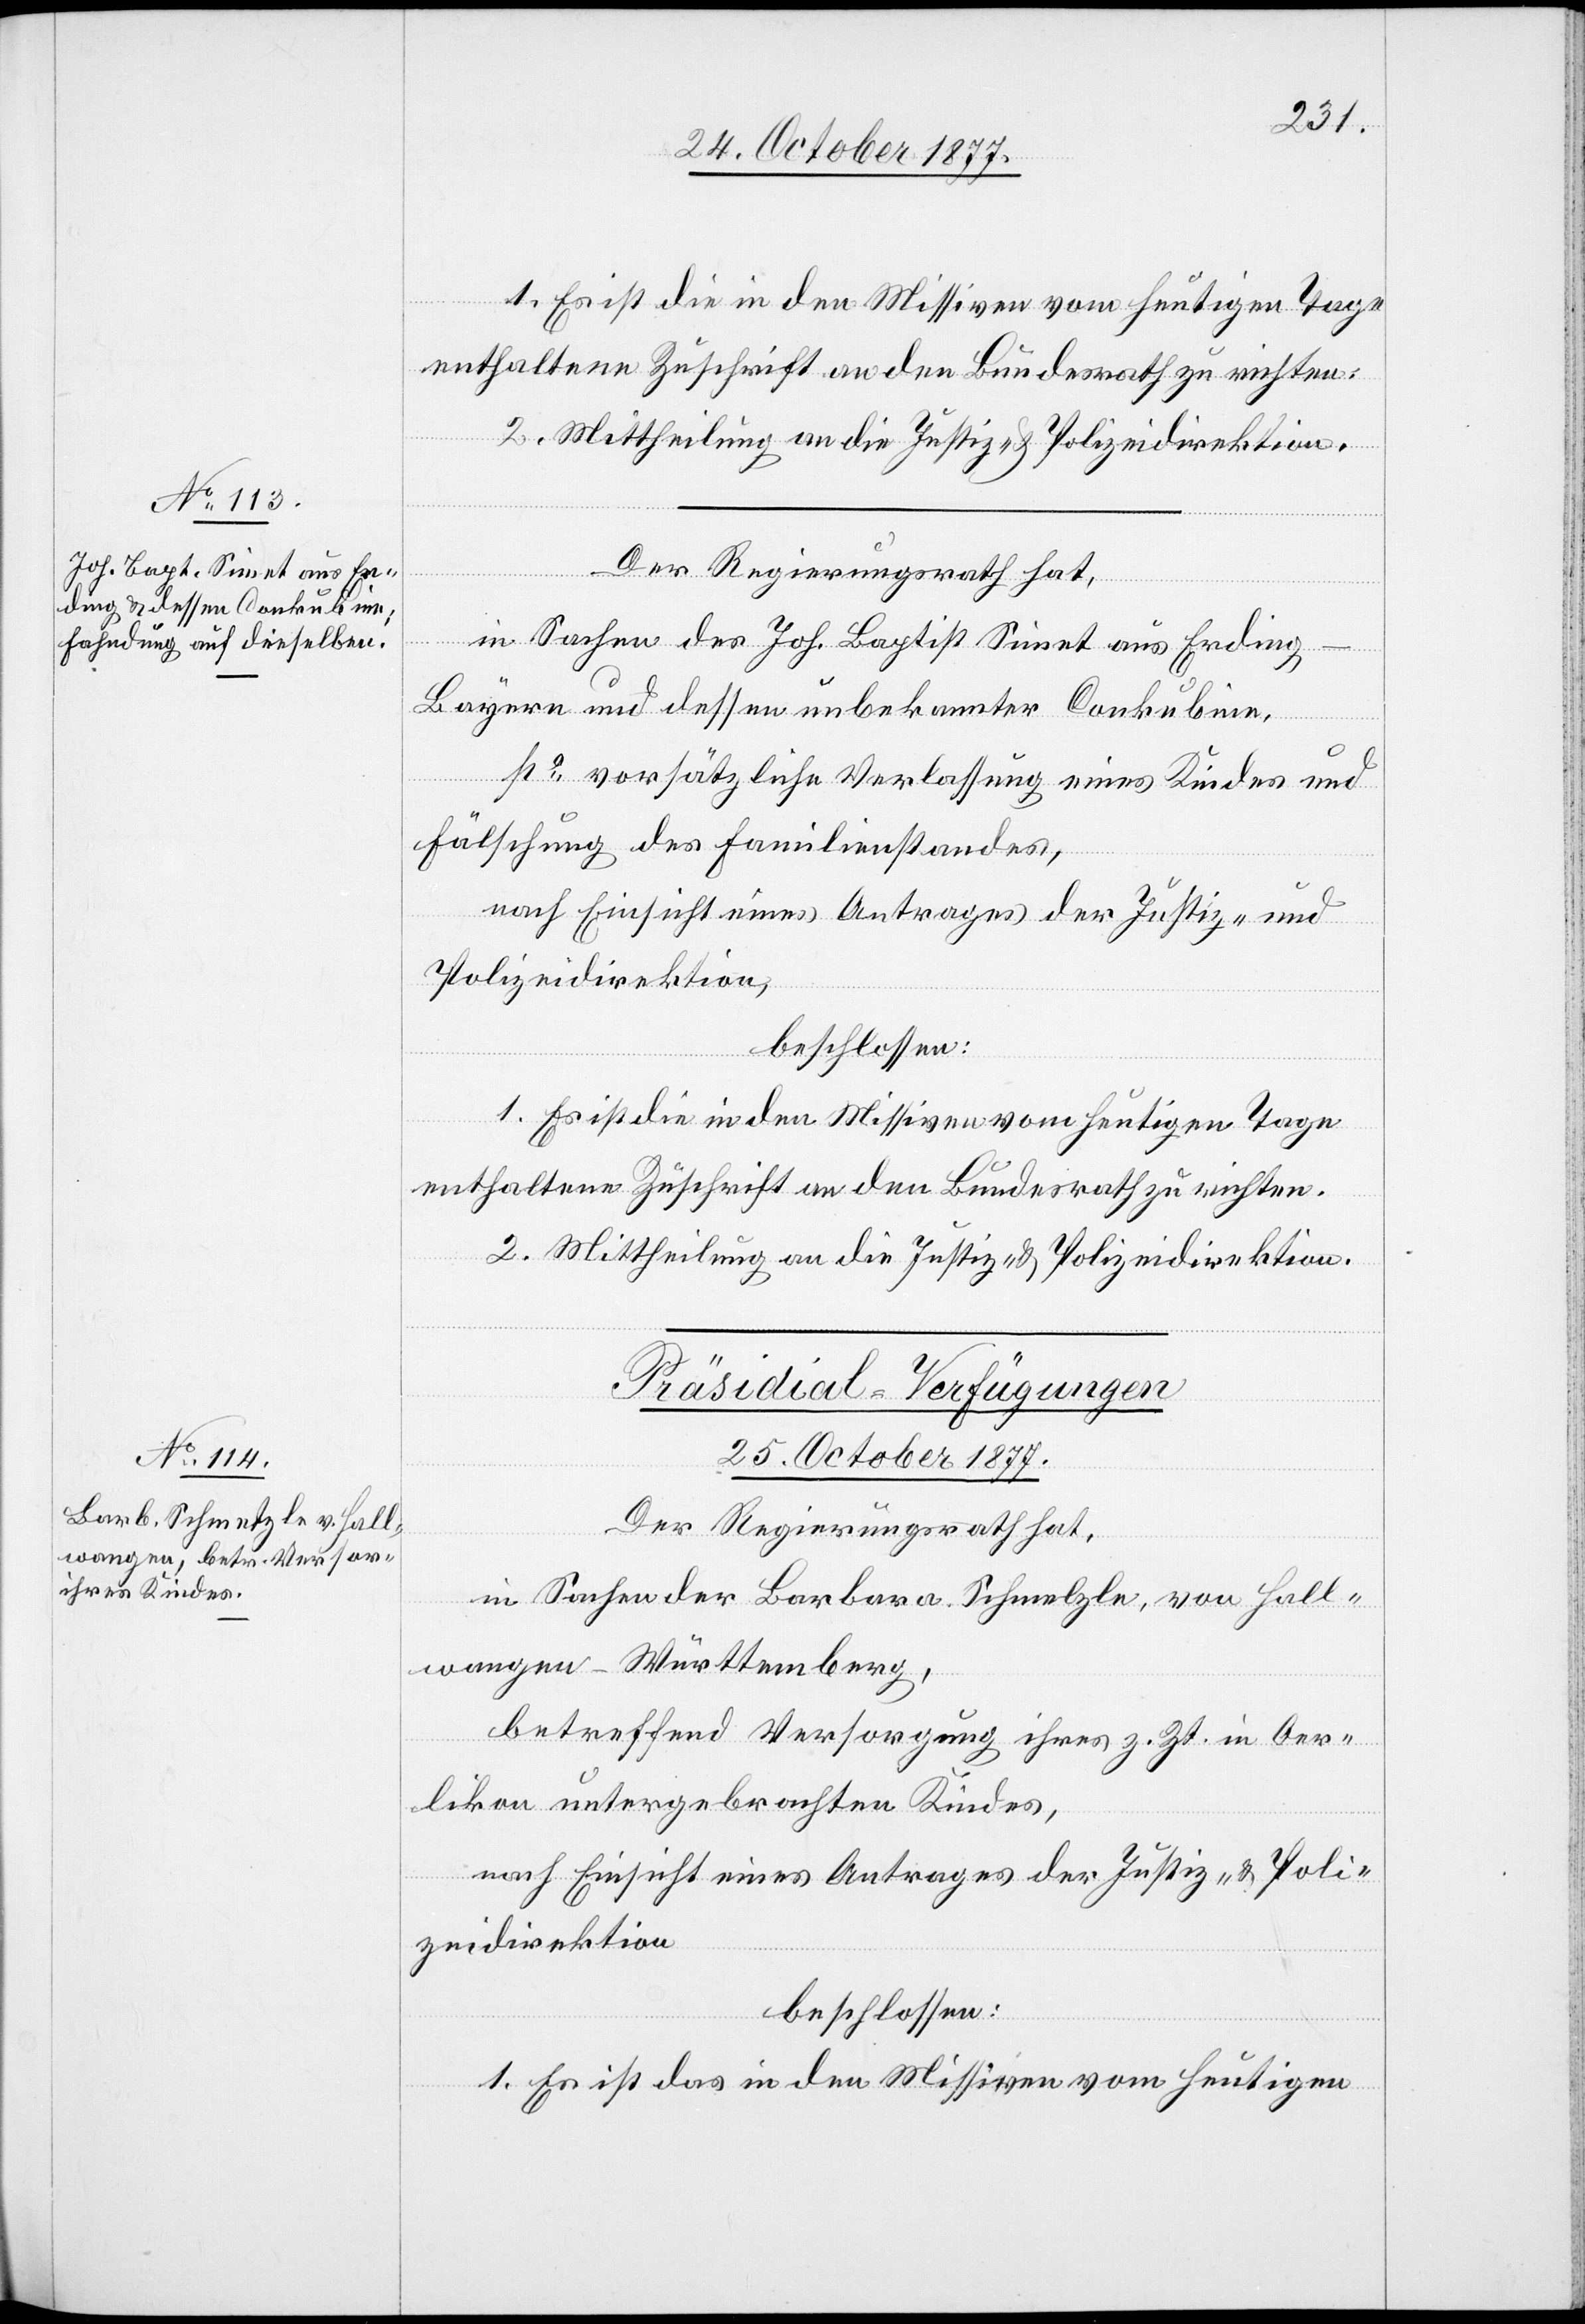
1. Es ist die in den Missiven vom heutigen Tage
enthaltene Zuschrift an den Bundesrath zu richten.
2. Mittheilung an die Justiz- & Polizeidirektion.
Der Regierungsrath hat,
in Sachen des Joh. Baptist Simet aus Erding
Bayern und dessen unbekannter Conkubine,
po vorsätzliche Verlassung eines Kindes und
Fälschung des Familienstandes,
nach Einsicht eines Antrages der Justiz- und
Polizeidirektion,
beschlossen:
1. Es ist die in den Missiven vom heutigen Tage
enthaltene Zuschrift an den Bundesrath zu richten.
2. Mittheilung an die Justiz- & Polizeidirektion.
Präsidial-Verfügungen
25. October 1877.
Der Regierungsrath hat,
in Sachen der Barbara Schmelzle [sic!], von Hall¬
wangen - Württemberg,
betreffend Versorgung ihres z. Zt. in Oer¬
likon untergebrachten Kindes,
nach Einsicht eines Antrages der Justiz- & Poli¬
zeidirektion
beschlossen:
1. Es ist das in den Missiven vom heutigen